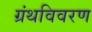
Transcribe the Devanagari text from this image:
ग्रंथविवरण